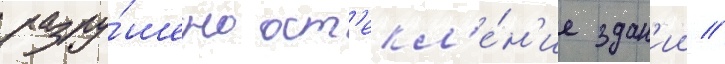
разру́шено ост'екл'е́н'ие здан'ии //